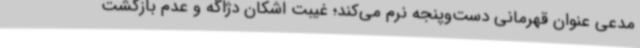
مدعی عنوان قهرمانی دست‌وپنجه نرم می‌کند؛ غیبت اشکان دژاگه و عدم بازگشت